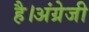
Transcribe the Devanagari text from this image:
है।अंग्रेजी